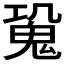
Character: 𩲧